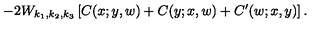
- 2 W _ { k _ { 1 } , k _ { 2 } , k _ { 3 } } \left[ C ( x ; y , w ) + C ( y ; x , w ) + C ^ { \prime } ( w ; x , y ) \right] .